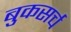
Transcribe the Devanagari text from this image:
बुकसर्च